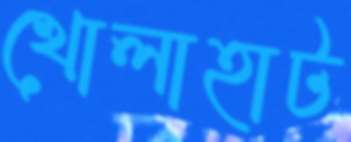
খোলাহাট